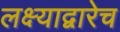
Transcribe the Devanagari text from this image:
लक्ष्याद्वारेच